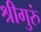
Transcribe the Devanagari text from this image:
श्रीगुरुं